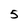
Character: 5